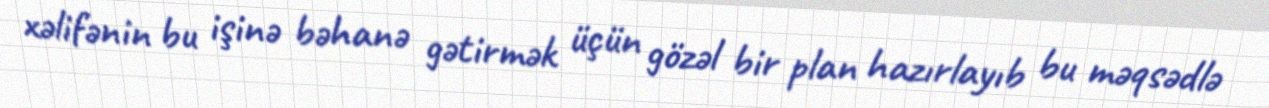
xəlifənin bu işinə bəhanə gətirmək üçün gözəl bir plan hazırlayıb bu məqsədlə